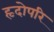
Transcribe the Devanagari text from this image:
हृदोपरि